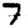
Digit: 7